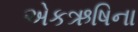
એકઋષિના